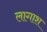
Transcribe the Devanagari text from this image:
लागाश